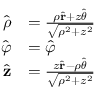
{ \begin{array} { r l } { { \hat { \boldsymbol { \rho } } } } & { = { \frac { \rho { \hat { \mathbf { r } } } + z { \hat { \boldsymbol { \theta } } } } { \sqrt { \rho ^ { 2 } + z ^ { 2 } } } } } \\ { { \hat { \boldsymbol { \varphi } } } } & { = { \hat { \boldsymbol { \varphi } } } } \\ { { \hat { \mathbf { z } } } } & { = { \frac { z { \hat { \mathbf { r } } } - \rho { \hat { \boldsymbol { \theta } } } } { \sqrt { \rho ^ { 2 } + z ^ { 2 } } } } } \end{array} }